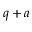
q + a